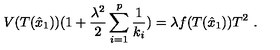
V ( T ( \hat { x } _ { 1 } ) ) ( 1 + \frac { \lambda ^ { 2 } } { 2 } \sum _ { i = 1 } ^ { p } \frac { 1 } { k _ { i } } ) = \lambda f ( T ( \hat { x } _ { 1 } ) ) T ^ { 2 } \ .